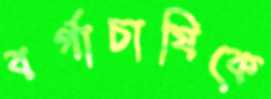
বর্গাচাষিকে